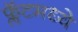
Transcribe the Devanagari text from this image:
फ्लॅटमध्ये